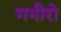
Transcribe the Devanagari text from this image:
गभीरो